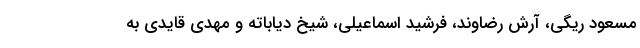
مسعود ریگی، آرش رضاوند، فرشید اسماعیلی، شیخ دیاباته و مهدی قایدی به